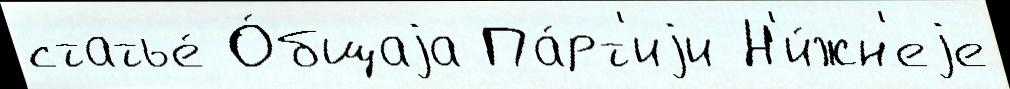
статье́ О́бщаjа Па́рт'иjи Н'и́жн'еjе